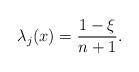
LaTeX: \begin{align*}\lambda_j(x)=\frac{1-\xi}{n+1}. \end{align*}